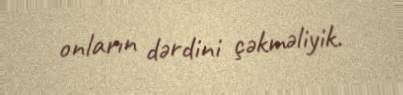
onların dərdini çəkməliyik.